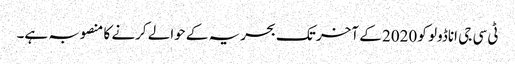
ٹی سی جی اناڈولو کو 2020 کے آخر تک بحریہ کے حوالے کرنے کا منصوبہ ہے۔